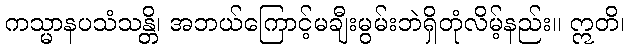
ကသ္မာနပသံသန္တိ၊ အဘယ်ကြောင့်မချီးမွမ်းဘဲရှိတုံလိမ့်နည်း။ ဣတိ၊